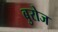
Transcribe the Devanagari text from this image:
बुरोज